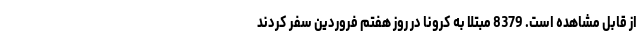
از قابل مشاهده است. 8379 مبتلا به کرونا در روز هفتم فروردین سفر کردند